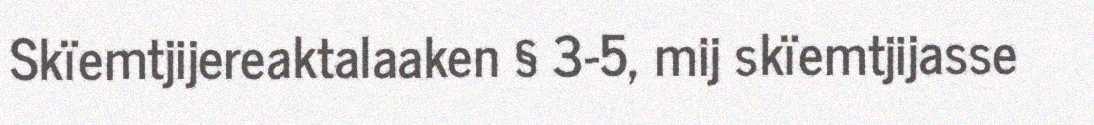
Skïemtjijereaktalaaken § 3-5, mij skïemtjijasse